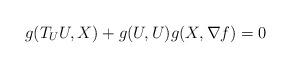
LaTeX: \begin{align*} g(T_U U, X) + g(U, U) g(X, \nabla f) =0\end{align*}